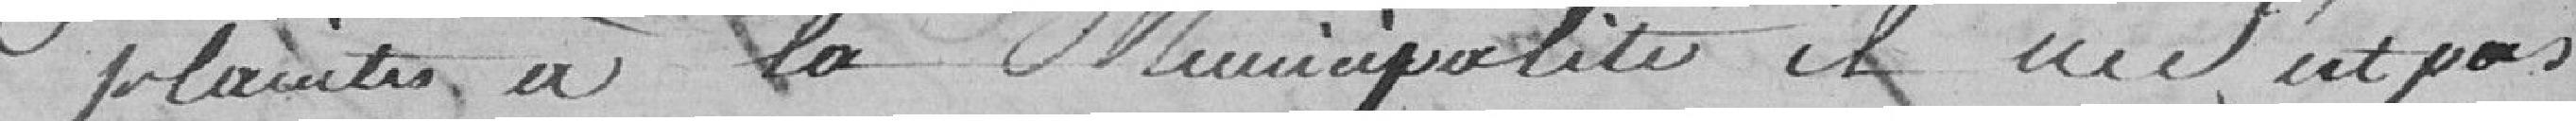
plaintes à la Municipalité, il ne s'est pas